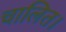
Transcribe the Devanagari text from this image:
चालित।